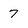
Character: 7